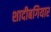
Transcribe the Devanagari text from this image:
शादीबगियार